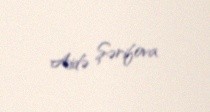
Aidə Şərifova